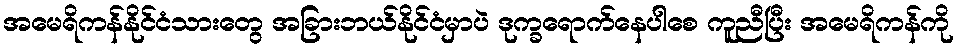
အမေရိကန်နိုင်ငံသားတွေ အခြားဘယ်နိုင်ငံမှာပဲ ဒုက္ခရောက်နေပါစေ ကူညီပြီး အမေရိကန်ကို